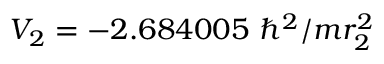
V _ { 2 } = - 2 . 6 8 4 0 0 5 ~ \hbar ^ { 2 } / m r _ { 2 } ^ { 2 }